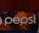
pepsi